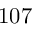
1 0 7